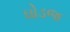
ઘોડજ